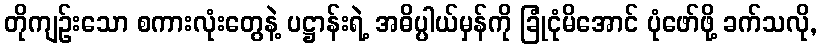
တိုကျဉ်းသော စကားလုံးတွေနဲ့ ပဋ္ဌာန်းရဲ့ အဓိပ္ပါယ်မှန်ကို ခြုံငုံမိအောင် ပုံဖော်ဖို့ ခက်သလို,